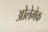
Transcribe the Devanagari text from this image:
ओलेमेक